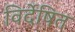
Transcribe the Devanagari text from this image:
विर्देषित